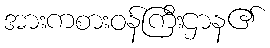
အားကစားဝန်ကြီးဌာန၏